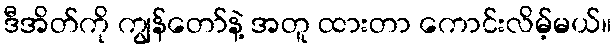
ဒီအိတ်ကို ကျွန်တော်နဲ့ အတူ ထားတာ ကောင်းလိမ့်မယ်။